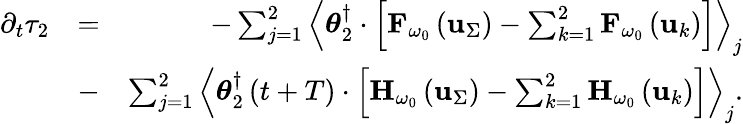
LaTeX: \begin{array}{rlr}{\partial_{t}\tau_{2}}&{=}&{-\sum_{j=1}^{2}\left\langle\boldsymbol{\theta}_{2}^{\dagger}\cdot\left[{\mathbf F}_{\omega_{0}}\left({\mathbf u}_{\Sigma}\right)-\sum_{k=1}^{2}{\mathbf F}_{\omega_{0}}\left({\mathbf u}_{k}\right)\right]\right\rangle_{j}}\\ &{-}&{\sum_{j=1}^{2}\left\langle\boldsymbol{\theta}_{2}^{\dagger}\left(t+T\right)\cdot\left[{\mathbf H}_{\omega_{0}}\left({\mathbf u}_{\Sigma}\right)-\sum_{k=1}^{2}{\mathbf H}_{\omega_{0}}\left({\mathbf u}_{k}\right)\right]\right\rangle_{j}.}\end{array}